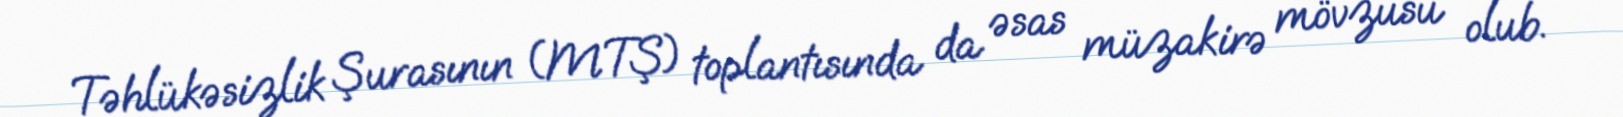
Təhlükəsizlik Şurasının (MTŞ) toplantısında da əsas müzakirə mövzusu olub.